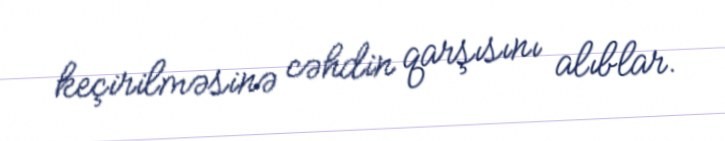
keçirilməsinə cəhdin qarşısını alıblar.